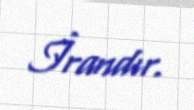
İrandır.